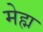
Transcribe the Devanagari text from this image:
मेह्म